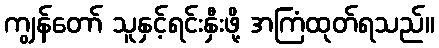
ကျွန်တော် သူနှင့်ရင်းနှီးဖို့ အကြံထုတ်ရသည်။